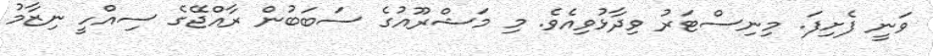
ވަނީ ފެށިފަ. މިނިސްޓަރު ވިދާޅުވިއެވެ. މި މަޝްރޫއުގެ ސަބަބުން ރާއްޖޭގެ ސިއްހީ ނިޒާމު